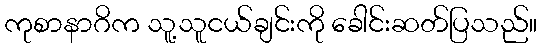
ကုစာနာဂိက သူ့သူငယ်ချင်းကို ခေါင်းဆတ်ပြသည်။